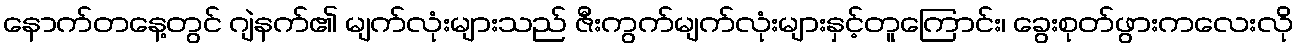
နောက်တနေ့တွင် ဂျဲနက်၏ မျက်လုံးများသည် ဇီးကွက်မျက်လုံးများနှင့်တူကြောင်း၊ ခွေးစုတ်ဖွားကလေးလို